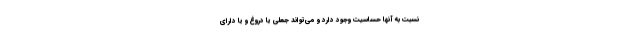
نسبت به آنها حساسیت وجود دارد و می‌تواند جعلی یا دروغ و یا دارای